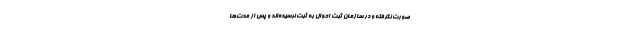
صورت نگرفته و در سازمان ثبت احوال به ثبت نرسیده‌اند و پس از مدت‌ها